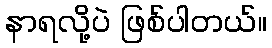
နာရလို့ပဲ ဖြစ်ပါတယ်။